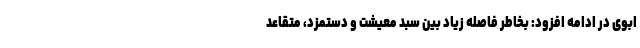
ابوی در ادامه افزود: بخاطر فاصله زیاد بین سبد معیشت و دستمزد، متقاعد